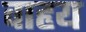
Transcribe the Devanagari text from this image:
वाहृय